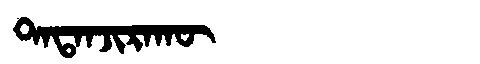
Manchu: ᡨᠠᡨᠠᠨᠵᡳᡵᠠᡴᡡ
Romanization: TATANJIRAKŪ